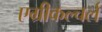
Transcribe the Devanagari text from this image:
एग्रीकल्चर्ल